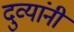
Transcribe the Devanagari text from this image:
दुव्यांनी